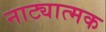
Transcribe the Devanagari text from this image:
नाट्यात्मक